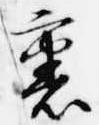
裏